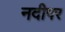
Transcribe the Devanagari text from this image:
नदीपर